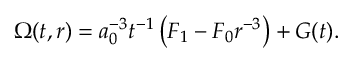
\Omega ( t , r ) = a _ { 0 } ^ { - 3 } t ^ { - 1 } \left( F _ { 1 } - F _ { 0 } r ^ { - 3 } \right) + G ( t ) .